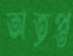
অতৃপ্ত